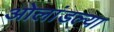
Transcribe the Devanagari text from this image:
ओलांडल्या